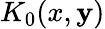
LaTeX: K_{0}(x,\mathbf{y})